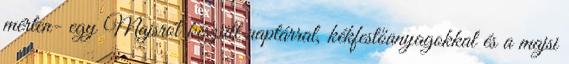
mérten- egy Majsról készült naptárral, kékfestőanyagokkal és a majsi